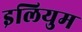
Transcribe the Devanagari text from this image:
इलियुम